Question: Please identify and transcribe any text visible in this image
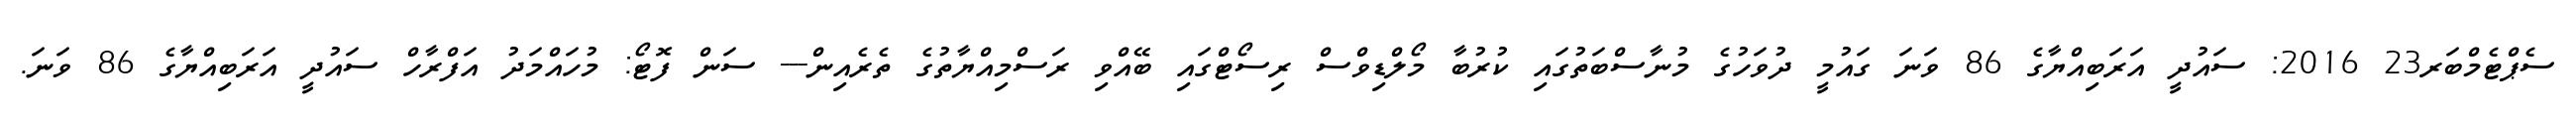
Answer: ސެޕްޓެމްބަރ23 2016: ސައުދީ އަރަބިއްޔާގެ 86 ވަނަ ގައުމީ ދުވަހުގެ މުނާސްބަތުގައި ކުރުބާ މޯލްޑިވްސް ރިސޯޓްގައި ބޭއްވި ރަސްމިއްޔާތުގެ ތެރެއިން--- ސަން ފޮޓޯ: މުހައްމަދު އަފްރާހް ސައުދީ އަރަބިއްޔާގެ 86 ވަނަ.